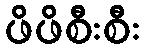
ဖိဖိစီးစီး